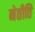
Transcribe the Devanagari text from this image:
नेतीति